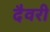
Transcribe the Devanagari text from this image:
दैवरी